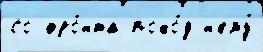
со фро́нта похо́д н'ему́